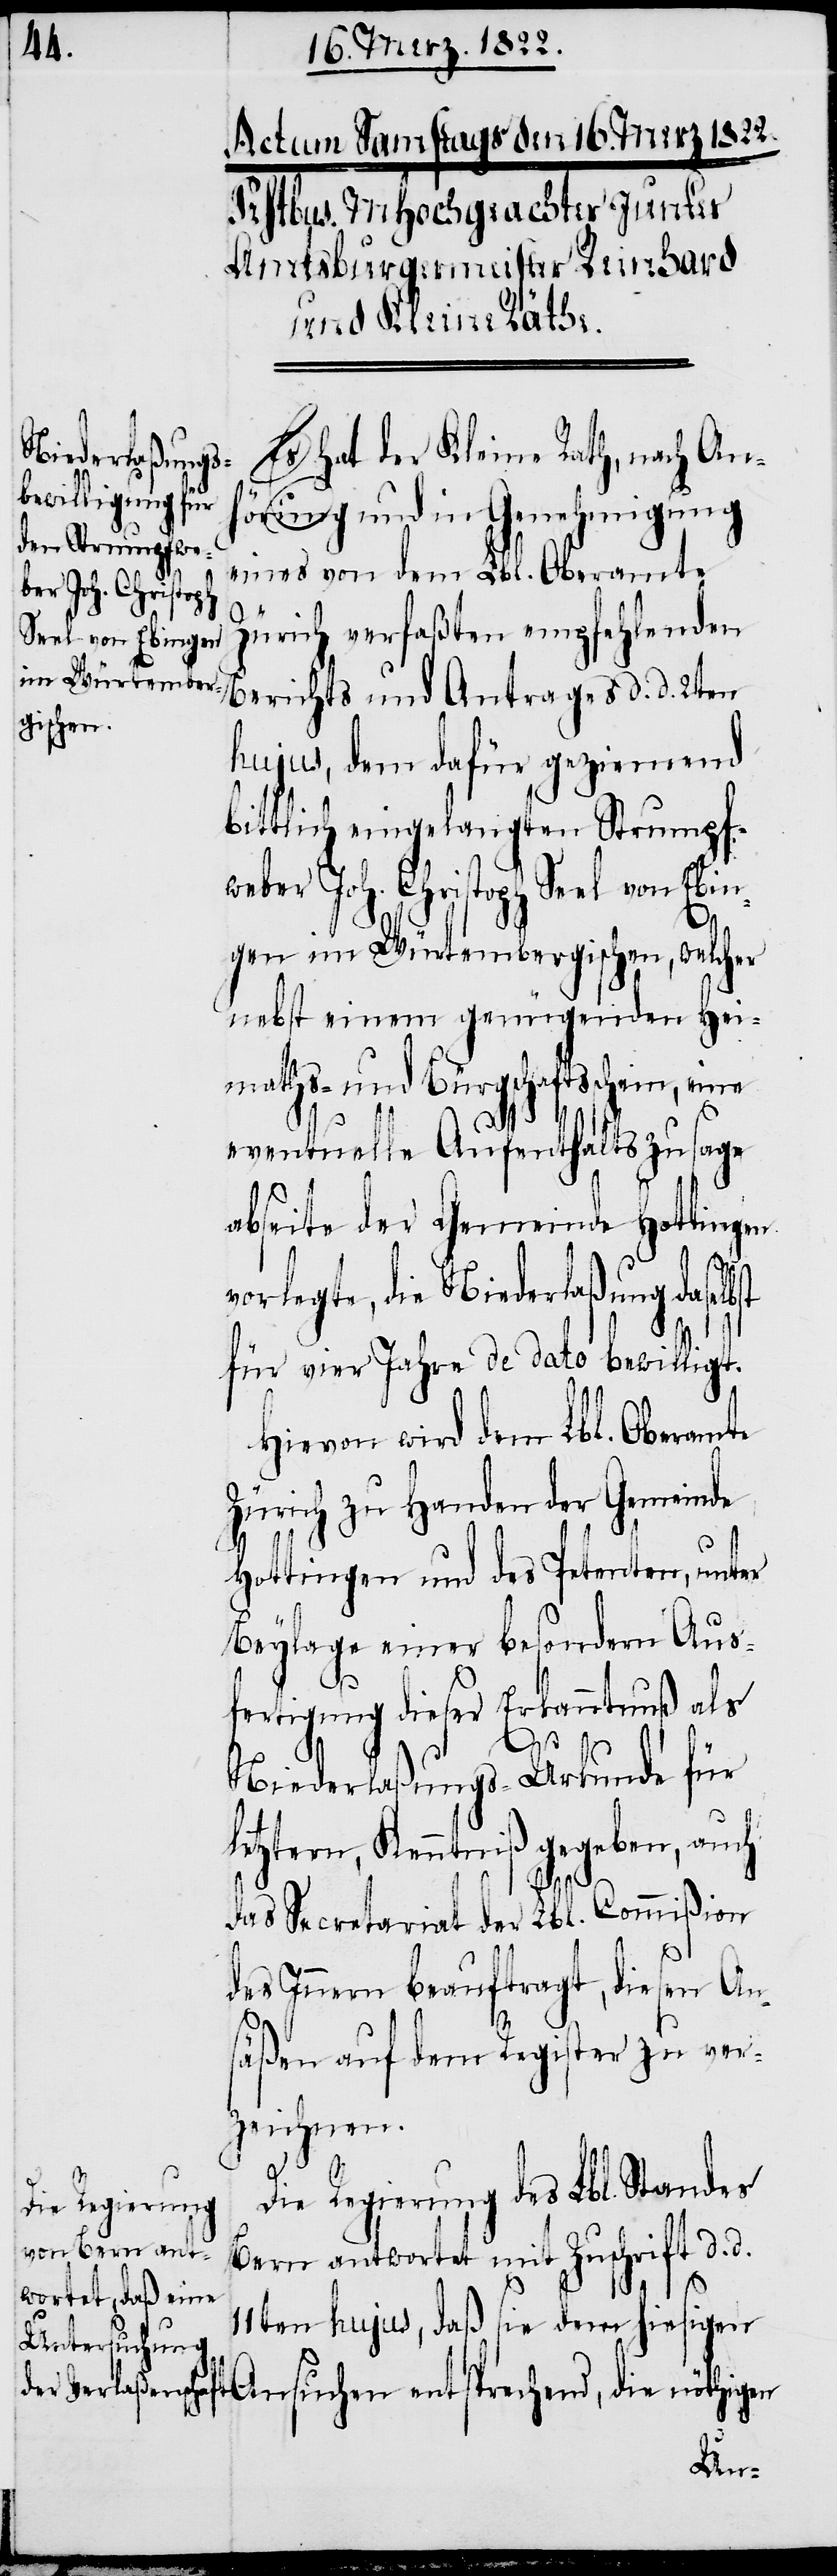
Es hat der Kleine Rath, nach An¬
hörung und in Genehmigung
eines von dem Lbl. Oberamte
Zürich verfaßten empfehlenden
Berichts und Antrages d. d. 2ten
hujus, dem dafür geziemend
bittlich eingelangten Strumpf¬
weber Joh. Christoph Seel von Ebin¬
gen im Würtembergischen, welcher
nebst einem genügenden Hei¬
maths- und Aufenthaltsschein, eine
die
eventuelle Aufenthaltszusage
abseite der Gemeinde Hottingen
vorlegte, die Niederlaßung das¬
für vier Jahre de dato bewilligt.
Hievon wird dem Lbl. Oberamte
Zürich zu Handen der Gemeinde
Hottingen und des Petenten, unter
Beylage einer besondern Aus¬
fertigung dieser Erkanntnuß als
Niederlaßungs-Urkunde für
letztere, Kenntniß gegeben, auch
säßen auf dem Register zu ver¬
zeichnen.
Die Regierung des Lbl. Standes
Bern antwortet mit Zuschrift d. d.
11ten hujus, daß sie dem hiesigen
An¬